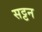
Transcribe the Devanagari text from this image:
सट्टन